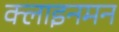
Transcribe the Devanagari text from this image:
क्लाइनमन